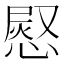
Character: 𭞊